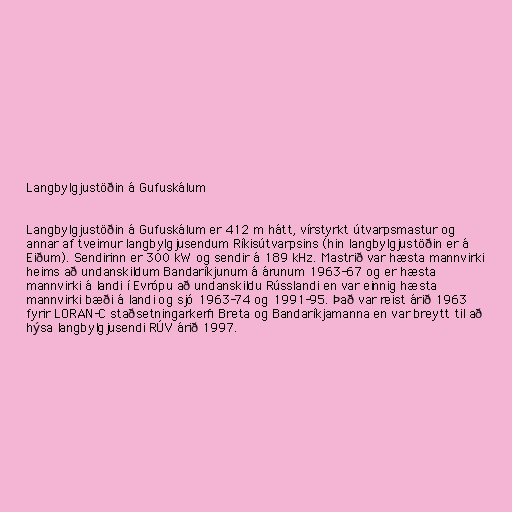
Langbylgjustöðin á Gufuskálum

Langbylgjustöðin á Gufuskálum er 412 m hátt, vírstyrkt útvarpsmastur og
annar af tveimur langbylgjusendum Ríkisútvarpsins (hin langbylgjustöðin er á
Eiðum). Sendirinn er 300 kW og sendir á 189 kHz. Mastrið var hæsta mannvirki
heims að undanskildum Bandaríkjunum á árunum 1963-67 og er hæsta
mannvirki á landi í Evrópu að undanskildu Rússlandi en var einnig hæsta
mannvirki bæði á landi og sjó 1963-74 og 1991-95. Það var reist árið 1963
fyrir LORAN-C staðsetningarkerfi Breta og Bandaríkjamanna en var breytt til að
hýsa langbylgjusendi RÚV árið 1997.